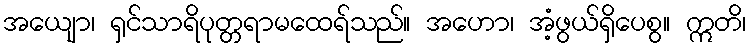
အယျော၊ ရှင်သာရိပုတ္တရာမထေရ်သည်။ အဟော၊ အံ့ဖွယ်ရှိပေစွ။ ဣတိ၊